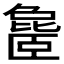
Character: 𬛨